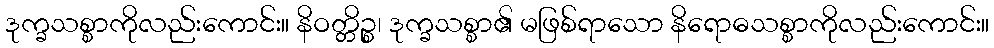
ဒုက္ခသစ္စာကိုလည်းကောင်း။ နိဝတ္တိဉ္စ၊ ဒုက္ခသစ္စာ၏ မဖြစ်ရာသော နိရောဓသစ္စာကိုလည်းကောင်း။